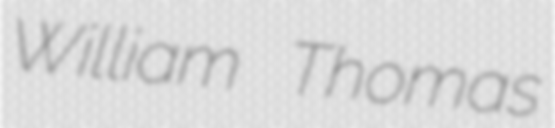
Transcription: William Thomas